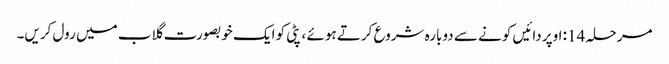
مرحلہ 14: اوپر دائیں کونے سے دوبارہ شروع کرتے ہوئے ، پٹی کو ایک خوبصورت گلاب میں رول کریں۔